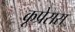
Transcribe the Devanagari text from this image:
कूप्रेसस